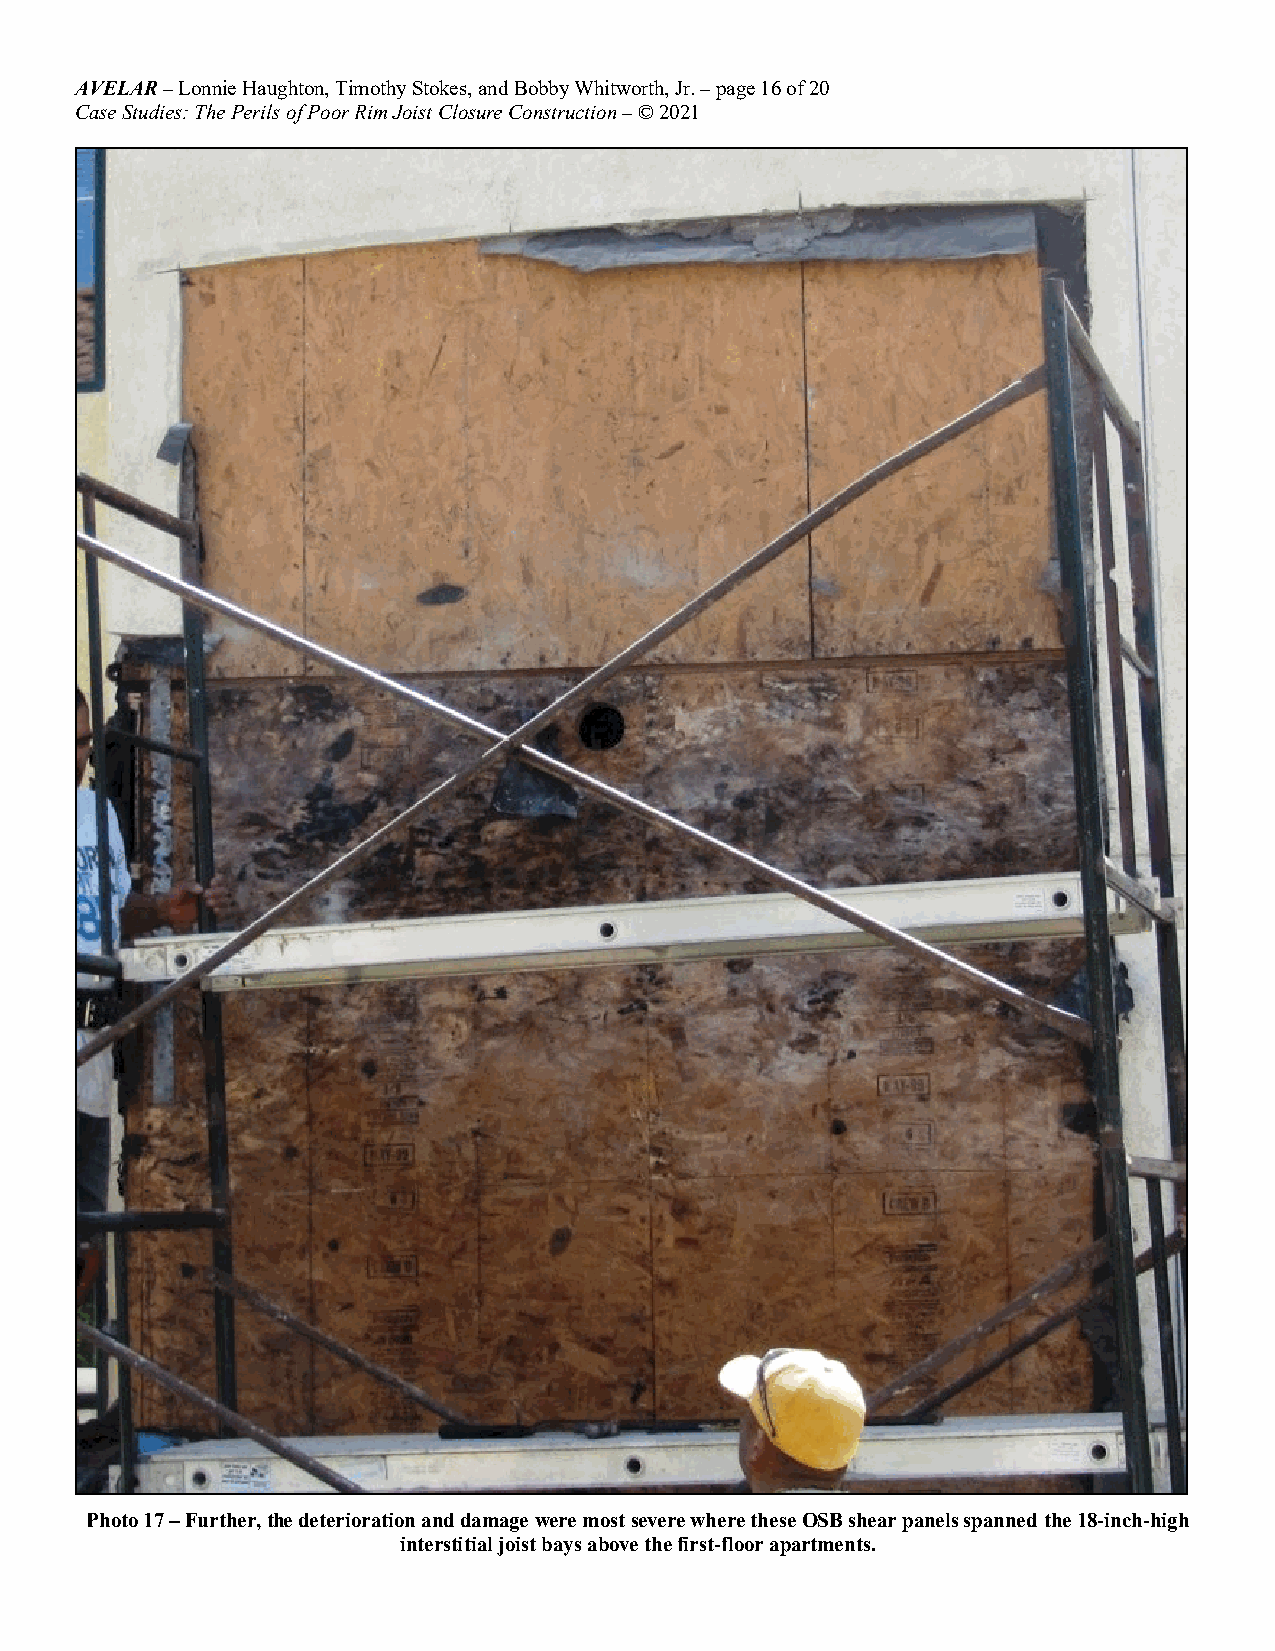
AVELAR – Lonnie Haughton, Timothy Stokes, and Bobby Whitworth, Jr. – page 16 of 20
 Case Studies: The Perils of Poor Rim Joist Closure Construction – © 2021
 Photo 17 – Further, the deterioration and damage were most severe where these OSB shear panels spanned the 18-inch-high
 interstitial joist bays above the first-floor apartments.